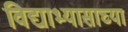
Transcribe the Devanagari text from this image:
विद्याभ्यासाच्या